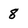
Character: 8